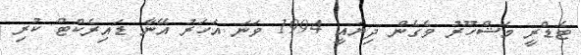
ޓެޑްރީ މަޝްހޫރު ވެގެން ދިޔައީ 1994 ވަނަ އަހަރު އޭނާ ޑައިރެކްޓް ކުރި